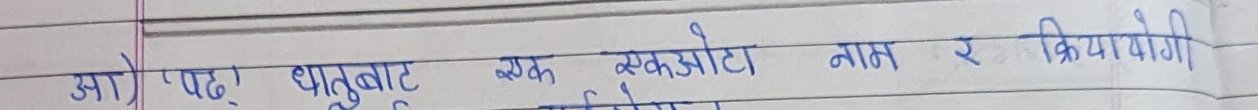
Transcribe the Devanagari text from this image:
आ) 'पढ्' धातुबाट एक एकओटा नाम र क्रियायोगी